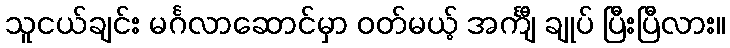
သူငယ်ချင်း မင်္ဂလာဆောင်မှာ ဝတ်မယ့် အင်္ကျီ ချုပ် ပြီးပြီလား။